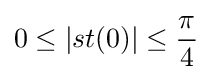
0\leq \left|st(0)\right|\leq {\frac {\pi }{4}}